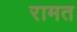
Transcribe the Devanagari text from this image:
रामत